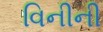
વિનીની